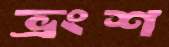
ভ্রংশ